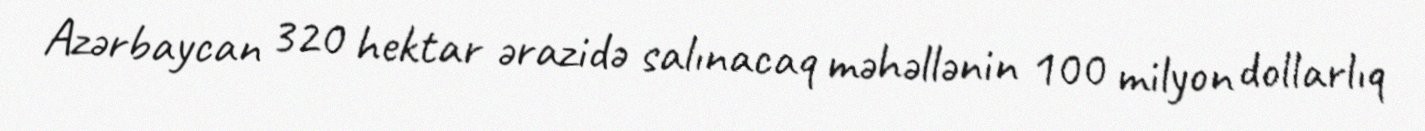
Azərbaycan 320 hektar ərazidə salınacaq məhəllənin 100 milyon dollarlıq